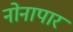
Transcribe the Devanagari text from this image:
नोनापार